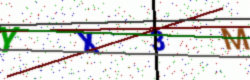
Text: YX3M